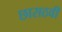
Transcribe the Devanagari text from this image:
छासठवीं